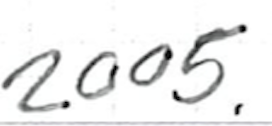
Text: 2005.
Cross-out: clean
Writing tool: ballpoint